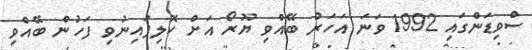
ސްވިޑަަންގައި 1992 ވަނަ އަހަރު ބޭއްވި ޔޫރޯ އަށް ކޮލިފައިނުވި ފަހުން ބޭއްވި